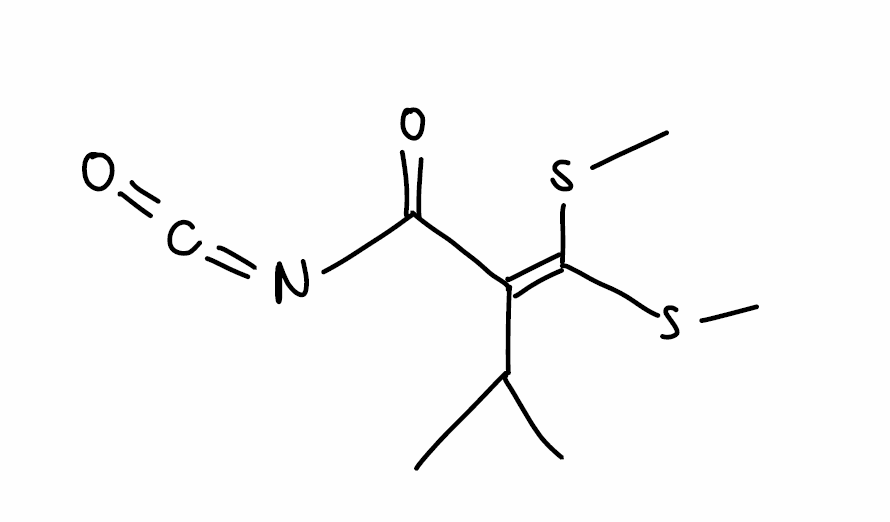
Simplified molecular-input line-entry system (SMILES) notation of the given molecule:
CC(C)C(=C(SC)SC)C(=O)N=C=O